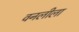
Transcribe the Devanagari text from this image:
वनलीला